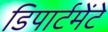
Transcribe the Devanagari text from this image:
डिपार्टमेंटे